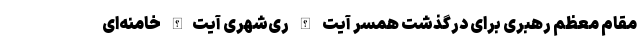
مقام معظم رهبری برای درگذشت همسر آیت الله ری‌شهری آیت‌الله خامنه‌ای